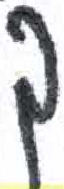
אות: ך